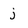
Character: j